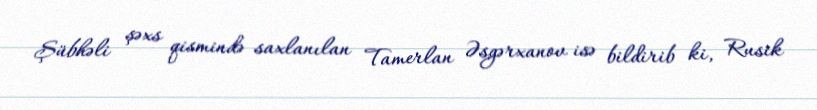
Şübhəli şəxs qismində saxlanılan Tamerlan Əsgərxanov isə bildirib ki, Rusik